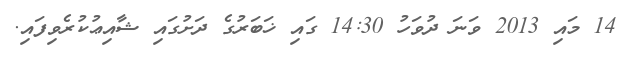
14 މައި 2013 ވަނަ ދުވަހު 14:30 ގައި ޚަބަރުގެ ދަށުގައި ޝާއިޢުކުރެވިފައި.